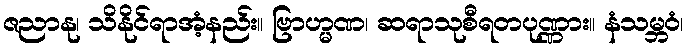
ဇညာနု၊ သိနိုင်ရာအံ့နည်း။ ဗြာဟ္မဏ၊ ဆရာသုစီရတပုဏ္ဏား။ နံသမ္ဘဝံ၊